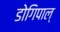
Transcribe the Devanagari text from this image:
डोगिपाल्